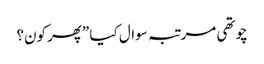
چوتھی مرتبہ سوال کیا ”پھر کون؟